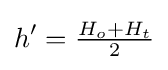
h'={\tfrac {H_{o}+H_{t}}{2}}